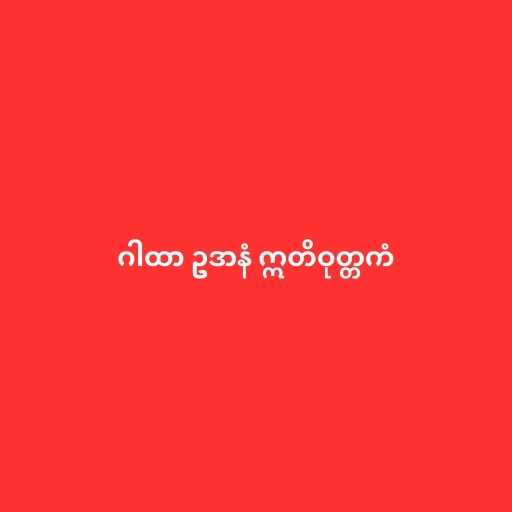
ဂါထာ ဥဒာနံ ဣတိဝုတ္တကံ